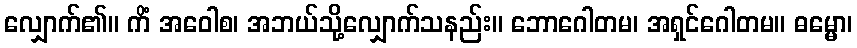
လျှောက်၏။ ကိံ အဝေါစ၊ အဘယ်သို့လျှောက်သနည်း။ ဘောဂေါတမ၊ အရှင်ဂေါတမ။ ဓမ္မော၊